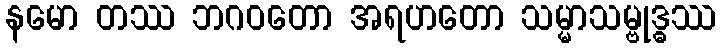
နမော တဿ ဘဂဝတော အရဟတော သမ္မာသမ္ဗုဒ္ဓဿ